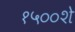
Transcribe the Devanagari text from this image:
१५००शे